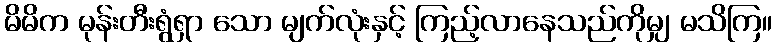
မိမိက မုန်းတီးရွံရှာ သော မျက်လုံးနှင့် ကြည့်လာနေသည်ကိုမျှ မသိကြ။